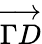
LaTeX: \overrightarrow{\Gamma D}